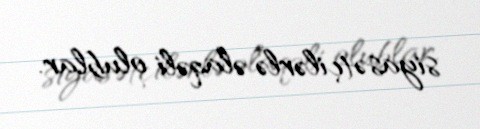
siyasətçilərlə əlaqəli olublar.